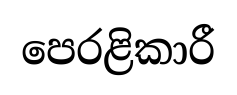
පෙරළිකාරී